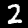
Label: 2